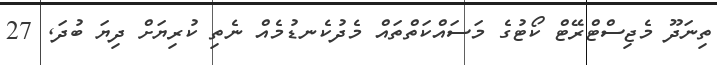
ތިނަދޫ މެޖިސްޓްރޭޓް ކޯޓުގެ މަސައްކަތްތައް މެދުކެނޑުމެއް ނެތި ކުރިޔަށް ދިޔަ ބުދަ